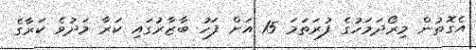
އެގޮތުން މިރޯދަމަހުގެ ފުރަތަމަ 15 އަށް ފަހު ބާޒާރުގައި ކަރާ މަދުވެ ކަރާގެ